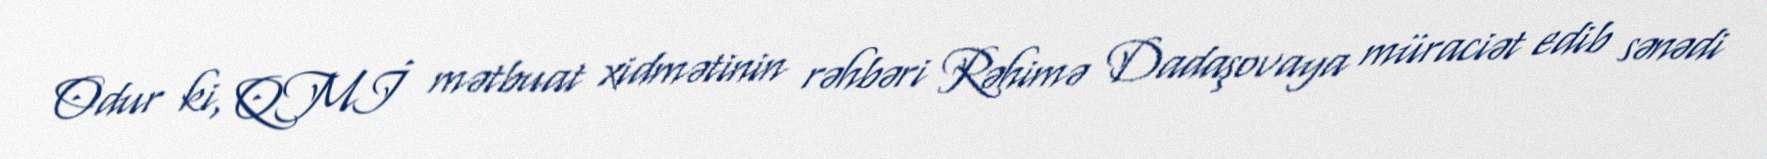
Odur ki, QMİ mətbuat xidmətinin rəhbəri Rəhimə Dadaşovaya müraciət edib sənədi